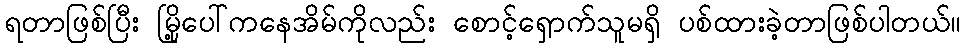
ရတာဖြစ်ပြီး မြို့ပေါ်ကနေအိမ်ကိုလည်း စောင့်ရှောက်သူမရှိ ပစ်ထားခဲ့တာဖြစ်ပါတယ်။